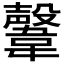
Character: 𩏜